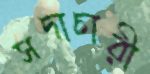
সদাচারী